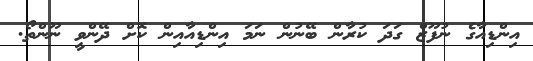
އިންޑިއާގެ ނުފޫޒް ގަދަ ކުރާން ބޭނުން ނަމަ އިންޑިއާއިން ކޮށް ދޭންވީ ނޫންތޯ.